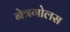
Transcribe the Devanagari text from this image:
नेत्रगोलस